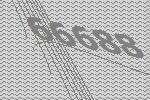
66688